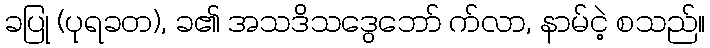
ခပြု (ပုရခတ), ခ၏ အသဒိသဒွေဘော် က်လာ, နာမ်ငဲ့ စသည်။